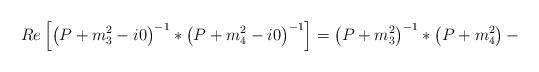
LaTeX: \begin{align*}Re\left[\left(P+m_3^2-i0\right)^{-1} \ast\left(P+m_4^2-i0\right)^{-1}\right]=\left(P+m_3^2\right)^{-1}\ast \left(P+m_4^2\right) -\end{align*}